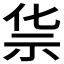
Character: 𰧲